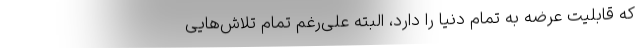
که قابلیت عرضه به تمام دنیا را دارد، البته علی‌رغم تمام تلاش‌هایی